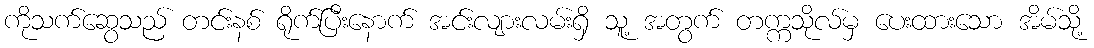
ကိုသက်ဆွေသည် တင်းနစ် ရိုက်ပြီးနောက် အင်းလျားလမ်းရှိ သူ့ အတွက် တက္ကသိုလ်မှ ပေးထားသော အိမ်သို့